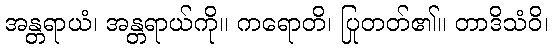
အန္တရာယံ၊ အန္တရာယ်ကို။ ကရောတိ၊ ပြုတတ်၏။ တာဒိသံဝိ၊